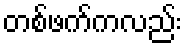
တစ်ဖက်ကလည်း